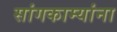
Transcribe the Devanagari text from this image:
सांगकाम्यांना